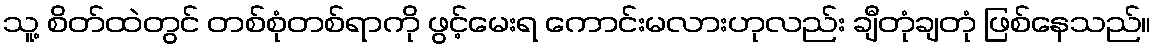
သူ့ စိတ်ထဲတွင် တစ်စုံတစ်ရာကို ဖွင့်မေးရ ကောင်းမလားဟုလည်း ချီတုံချတုံ ဖြစ်နေသည်။